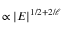
\propto | { \cal E } | ^ { 1 / 2 + 2 / \ell }